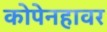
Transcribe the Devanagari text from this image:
कोपेनहावर